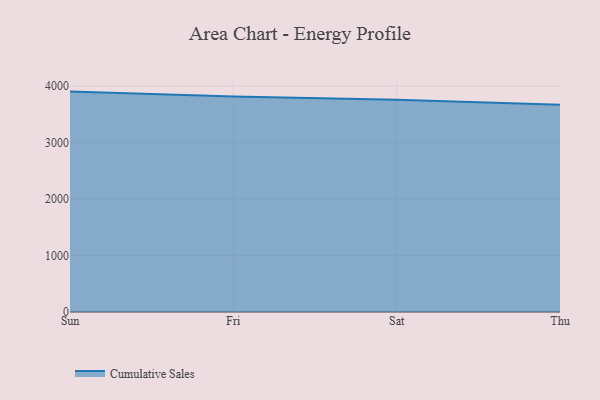
{"axis": {"x": "Day", "y": "Temperature (°C)"}, "legend": ["Cumulative Sales"], "data": [{"x": "Sun", "y": 3904.5, "type": "Cumulative Sales"}, {"x": "Fri", "y": 3818.0, "type": "Cumulative Sales"}, {"x": "Sat", "y": 3758.9, "type": "Cumulative Sales"}, {"x": "Thu", "y": 3672.6, "type": "Cumulative Sales"}]}